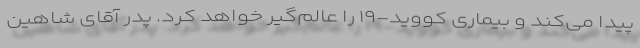
پیدا می‌کند و بیماری کووید-۱۹ را عالم‌گیر خواهد کرد. پدر آقای شاهین